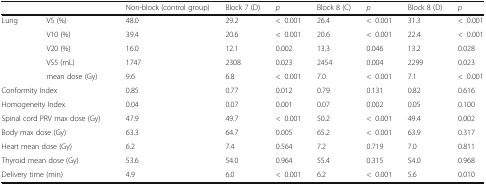
<table><thead><tr><td colspan="2"></td><td><b>Non-block (control group)</b></td><td><b>Block 7 (D)</b></td><td><b><i>p</i></b></td><td><b>Block 8 (C)</b></td><td><b><i>p</i></b></td><td><b>Block 8 (D)</b></td><td><b><i>p</i></b></td></tr></thead><tbody><tr><td rowspan="5">Lung</td><td>V5 (%)</td><td>48.0</td><td>29.2</td><td>&lt;0.001</td><td>26.4</td><td>&lt;0.001</td><td>31.3</td><td>&lt;0.001</td></tr><tr><td>V10 (%)</td><td>39.4</td><td>20.6</td><td>&lt;0.001</td><td>20.6</td><td>&lt;0.001</td><td>22.4</td><td>&lt;0.001</td></tr><tr><td>V20 (%)</td><td>16.0</td><td>12.1</td><td>0.002</td><td>13.3</td><td>0.046</td><td>13.2</td><td>0.028</td></tr><tr><td>VS5 (mL)</td><td>1747</td><td>2308</td><td>0.023</td><td>2454</td><td>0.004</td><td>2299</td><td>0.023</td></tr><tr><td>mean dose (Gy)</td><td>9.6</td><td>6.8</td><td>&lt;0.001</td><td>7.0</td><td>&lt;0.001</td><td>7.1</td><td>&lt;0.001</td></tr><tr><td colspan="2">Conformity Index</td><td>0.85</td><td>0.77</td><td>0.012</td><td>0.79</td><td>0.131</td><td>0.82</td><td>0.616</td></tr><tr><td colspan="2">Homogeneity Index</td><td>0.04</td><td>0.07</td><td>0.001</td><td>0.07</td><td>0.002</td><td>0.05</td><td>0.100</td></tr><tr><td colspan="2">Spinal cord PRV max dose (Gy)</td><td>47.9</td><td>49.7</td><td>&lt;0.001</td><td>50.2</td><td>&lt;0.001</td><td>49.4</td><td>0.002</td></tr><tr><td colspan="2">Body max dose (Gy)</td><td>63.3</td><td>64.7</td><td>0.005</td><td>65.2</td><td>&lt;0.001</td><td>63.9</td><td>0.317</td></tr><tr><td colspan="2">Heart mean dose (Gy)</td><td>6.2</td><td>7.4</td><td>0.564</td><td>7.2</td><td>0.719</td><td>7.0</td><td>0.811</td></tr><tr><td colspan="2">Thyroid mean dose (Gy)</td><td>53.6</td><td>54.0</td><td>0.964</td><td>55.4</td><td>0.315</td><td>54.0</td><td>0.968</td></tr><tr><td colspan="2">Delivery time (min)</td><td>4.9</td><td>6.0</td><td>&lt;0.001</td><td>6.2</td><td>&lt;0.001</td><td>5.6</td><td>0.010</td></tr></tbody></table>